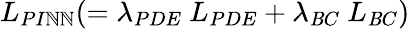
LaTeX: L_{PI\mathbb{N}\mathbb{N}}(=\lambda_{PDE}~L_{PDE}+\lambda_{\mathit{B}C}~L_{\mathit{B}C})